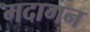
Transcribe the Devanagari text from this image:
मदागन